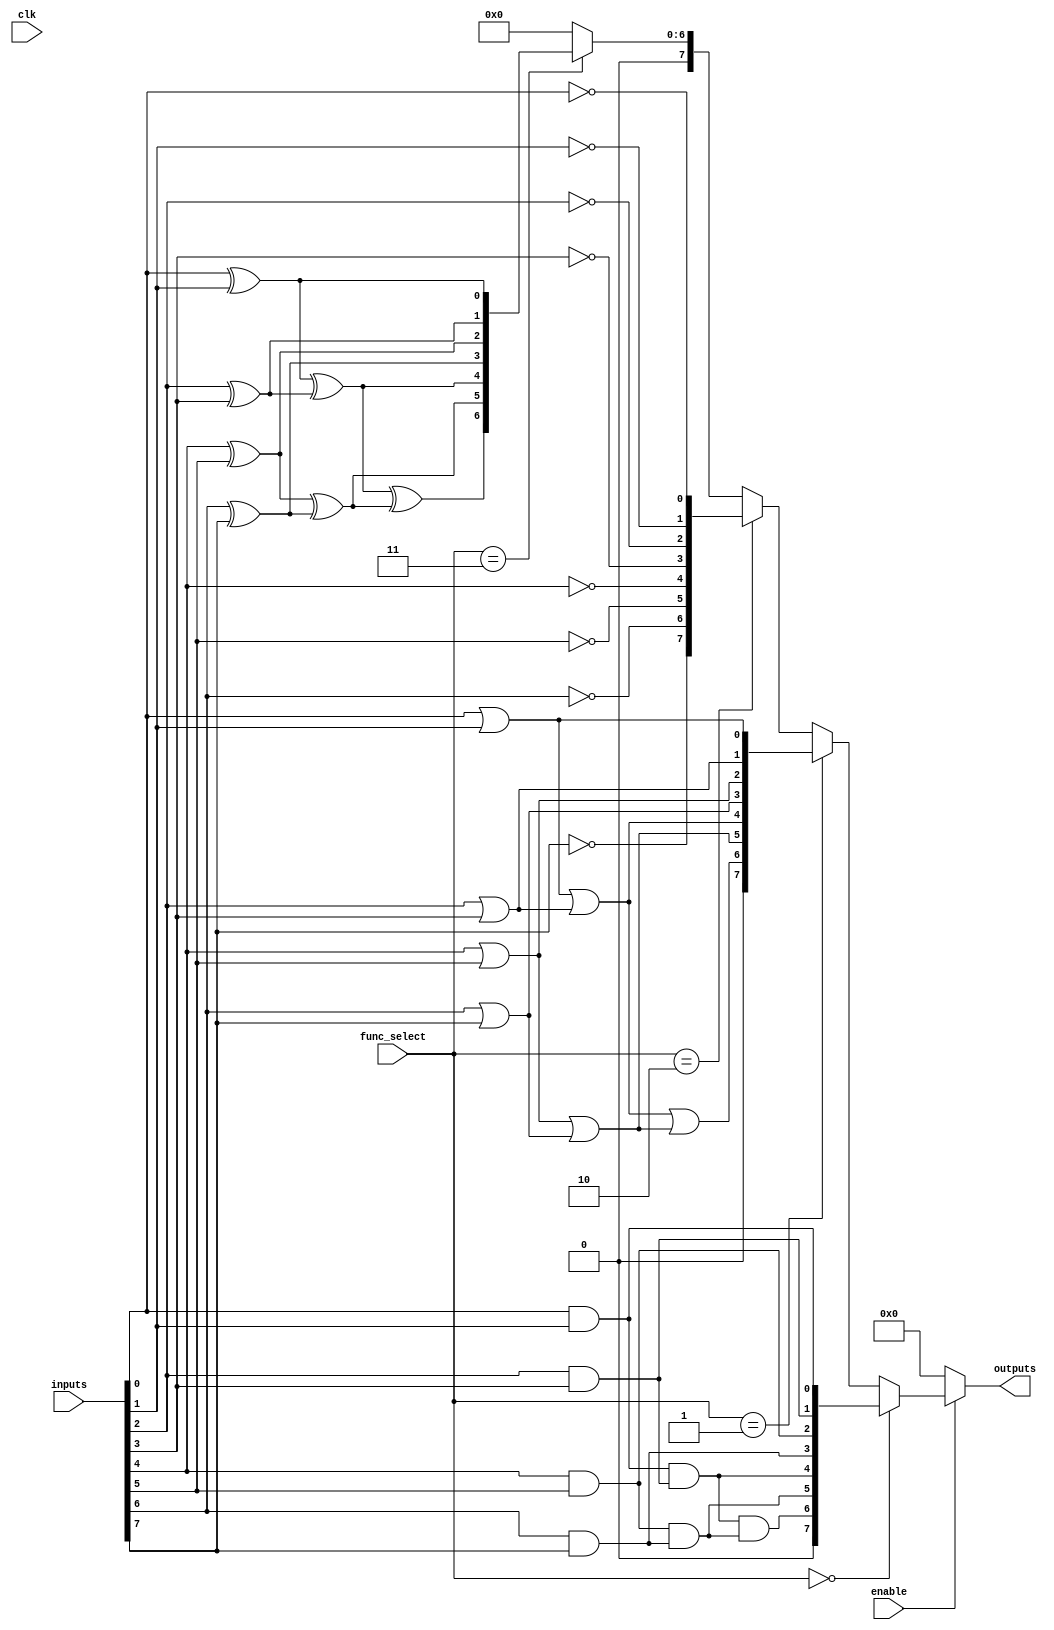
module combinational_logic_block (
    input wire [7:0] inputs,      // 8 inputs for the logic block
    input wire [2:0] func_select,  // Function selector for logic operation
    output wire [7:0] outputs,     // 8 outputs for the logic block
    input wire enable,              // Enable signal for the logic block
    input wire clk                  // Clock signal (for synchronous designs)
);

    // Internal wires for logic operations
    wire [7:0] and_out;
    wire [7:0] or_out;
    wire [7:0] not_out;
    wire [7:0] xor_out;

    // AND logic
    assign and_out[0] = inputs[0] & inputs[1];
    assign and_out[1] = inputs[2] & inputs[3];
    assign and_out[2] = inputs[4] & inputs[5];
    assign and_out[3] = inputs[6] & inputs[7];
    assign and_out[4] = and_out[0] & and_out[1];
    assign and_out[5] = and_out[2] & and_out[3];
    assign and_out[6] = and_out[4] & and_out[5];
    assign and_out[7] = 1'b0; // Unused output

    // OR logic
    assign or_out[0] = inputs[0] | inputs[1];
    assign or_out[1] = inputs[2] | inputs[3];
    assign or_out[2] = inputs[4] | inputs[5];
    assign or_out[3] = inputs[6] | inputs[7];
    assign or_out[4] = or_out[0] | or_out[1];
    assign or_out[5] = or_out[2] | or_out[3];
    assign or_out[6] = or_out[4] | or_out[5];
    assign or_out[7] = 1'b0; // Unused output

    // NOT logic
    assign not_out[0] = ~inputs[0];
    assign not_out[1] = ~inputs[1];
    assign not_out[2] = ~inputs[2];
    assign not_out[3] = ~inputs[3];
    assign not_out[4] = ~inputs[4];
    assign not_out[5] = ~inputs[5];
    assign not_out[6] = ~inputs[6];
    assign not_out[7] = ~inputs[7];

    // XOR logic
    assign xor_out[0] = inputs[0] ^ inputs[1];
    assign xor_out[1] = inputs[2] ^ inputs[3];
    assign xor_out[2] = inputs[4] ^ inputs[5];
    assign xor_out[3] = inputs[6] ^ inputs[7];
    assign xor_out[4] = xor_out[0] ^ xor_out[1];
    assign xor_out[5] = xor_out[2] ^ xor_out[3];
    assign xor_out[6] = xor_out[4] ^ xor_out[5];
    assign xor_out[7] = 1'b0; // Unused output

    // Output logic based on function selection
    assign outputs = (enable) ? 
                     (func_select == 3'b000 ? and_out :
                      func_select == 3'b001 ? or_out :
                      func_select == 3'b010 ? not_out :
                      func_select == 3'b011 ? xor_out :
                      8'b00000000) : 8'b00000000; // Default to 0 if not enabled

endmodule